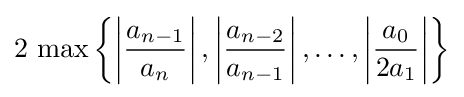
2\,\max \left\{\left|{\frac {a_{n-1}}{a_{n}}}\right|,\left|{\frac {a_{n-2}}{a_{n-1}}}\right|,\ldots ,\left|{\frac {a_{0}}{2a_{1}}}\right|\right\}